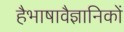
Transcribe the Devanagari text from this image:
हैभाषावैज्ञानिकों